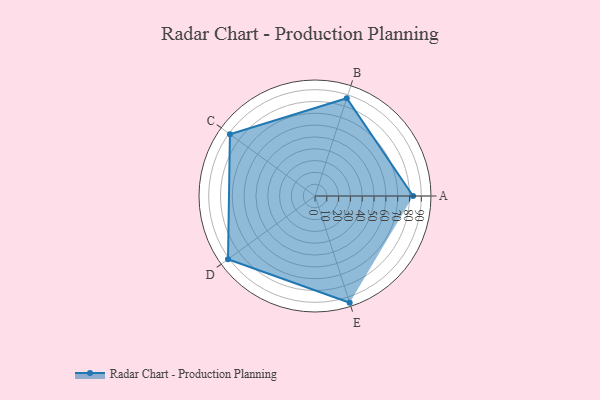
{"axis": {"x": "Skill", "y": "Score"}, "legend": ["Profile"], "data": [{"x": "A", "y": 83.0, "type": "Profile"}, {"x": "B", "y": 87.0, "type": "Profile"}, {"x": "C", "y": 89.0, "type": "Profile"}, {"x": "D", "y": 91.0, "type": "Profile"}, {"x": "E", "y": 95.0, "type": "Profile"}]}